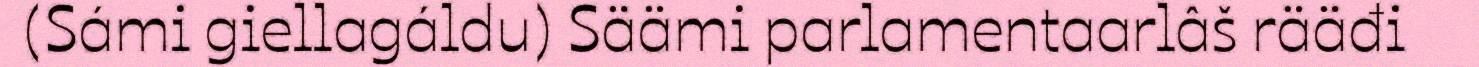
(Sámi giellagáldu) Säämi parlamentaarlâš rääđi